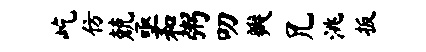
屹仿兢亟和粥叨瓣兄洮扳